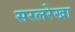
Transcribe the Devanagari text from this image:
सरलरेखा